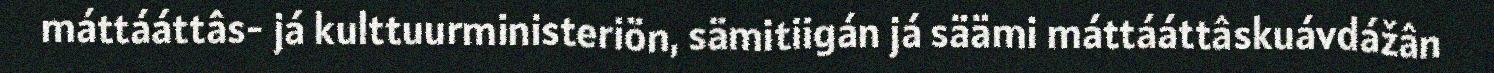
máttááttâs- já kulttuurministeriön, sämitiigán já säämi máttááttâskuávdážân